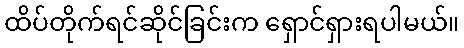
ထိပ်တိုက်ရင်ဆိုင်ခြင်းက ရှောင်ရှားရပါမယ်။